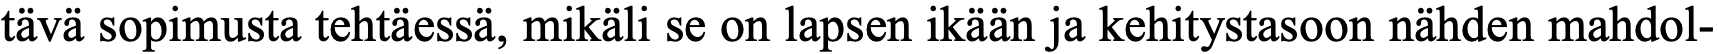
tävä sopimusta tehtäessä, mikäli se on lapsen ikään ja kehitystasoon nähden mahdol-